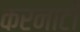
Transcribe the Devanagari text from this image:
करनाटी